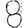
Digit: 8